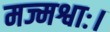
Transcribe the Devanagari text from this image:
मज्मश्वाः।